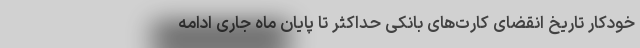
خودکار تاریخ انقضای کارت‌های بانکی حداکثر تا پایان ماه جاری ادامه